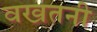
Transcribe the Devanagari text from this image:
वखतनी